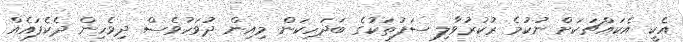
އެކީ އެކައްޗަކަށް ނުކުމެ ރުކުރުވާލި ސަފުތަކުގެ ބަދަހިކަން މިއިން ދުވަހުވެސް ދިވެހިން ދެކެފައެއް